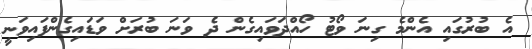
އެ ބުރުގައި އެންމެ ގިނަ ވޯޓު ހޯއްދަވައިގެން ދެ ވަނަ ބުރަށް ވަޑައިގެންފައިވަނީ